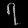
Digit: ၇